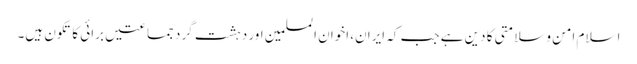
اسلام امن وسلامتی کا دین ہے جب کہ ایران، اخوان المسلمین اور دہشت گرد جماعتیں برائی کا تکون ہیں۔